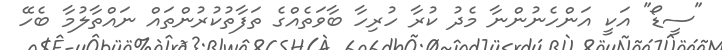
"ސީޑޯ" އަކީ އަންހެނުންނާ މެދު ކުރާ ހުރިހާ ބާވަތެއްގެ ތަފާތުކުރުންތައް ނައްތާލުމާ ބެހޭ